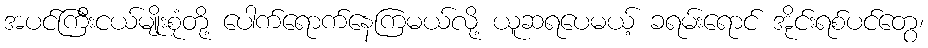
အပင်ကြီးငယ်မျိုးစုံတို့ ပေါက်ရောက်နေကြမယ်လို့ ယူဆရပေမယ့် ခရမ်းရောင် အိုင်းရစ်ပင်တွေ၊